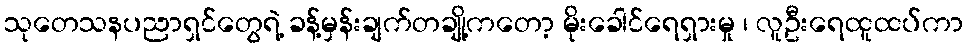
သုတေသနပညာရှင်တွေရဲ့ ခန့်မှန်းချက်တချို့ကတော့ မိုးခေါင်ရေရှားမှု ၊ လူဦးရေထူထပ်ကာ